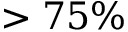
> 7 5 \%